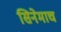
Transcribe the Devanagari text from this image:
सिनेमाच